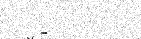
-